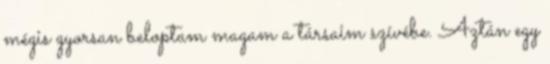
mégis gyorsan beloptam magam a társaim szívébe. Aztán egy